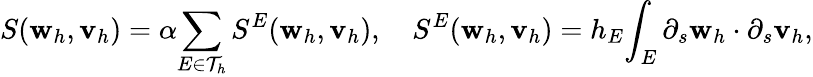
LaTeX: S(\textbf{w}_{h},\textbf{v}_{h})=\alpha\displaystyle{\sum_{E\in\mathcal{T}_{h}}S^{E}(\textbf{w}_{h},\textbf{v}_{h})},\quad S^{E}(\textbf{w}_{h},\textbf{v}_{h})=h_{E}\displaystyle{\int_{E}\partial_{s}\textbf{w}_{h}\cdot\partial_{s}\textbf{v}_{h}},